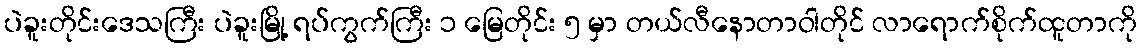
ပဲခူးတိုင်းဒေသကြီး ပဲခူးမြို့ ရပ်ကွက်ကြီး ၁ မြေတိုင်း ၅ မှာ တယ်လီနောတာဝါတိုင် လာရောက်စိုက်ထူတာကို